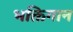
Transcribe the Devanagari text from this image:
भक्तिगान